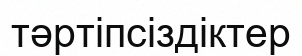
тәртіпсіздіктер